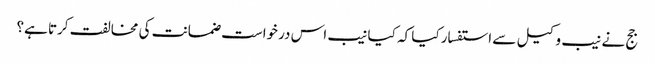
جج نے نیب وکیل سے استفسار کیا کہ کیا نیب اس درخواست ضمانت کی مخالفت کرتا ہے؟